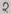
Text: 2